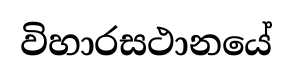
විහාරසථානයේ